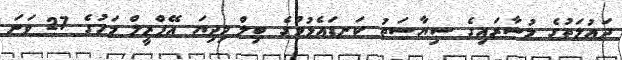
ދައުލަތުގެ މުސާރައިގެ ސިޔާސަތު ކަނޑައެޅުމުގެ ބިލް މިދިޔަ އޭޕްރީލް މަހުގެ 27 ވަނަ